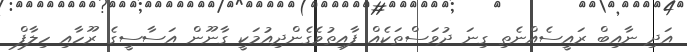
އަދި ނާއިބް ރައީސެއްނެތި ގިނަ ދުވަސްތަކެއް ފާއިތުވެގެންދިއުމަކީ ގާނޫން އަސާސީގެ ރޫހާއި ހިލާފް